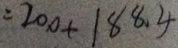
= 2 0 0 + 1 8 8 . 4